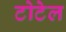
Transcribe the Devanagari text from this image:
टोटेल